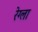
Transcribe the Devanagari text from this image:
रेग्ला